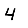
Digit: 4